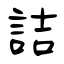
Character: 詰